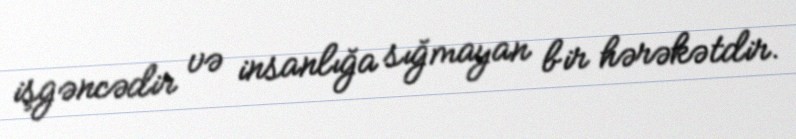
işgəncədir və insanlığa sığmayan bir hərəkətdir.